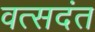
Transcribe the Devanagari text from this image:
वत्सदंत